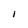
Character: 1